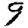
Digit: 9